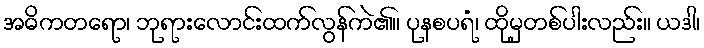
အဓိကတရော၊ ဘုရားလောင်းထက်လွန်ကဲ၏။ ပုနစပရံ၊ ထိုမှတစ်ပါးလည်း။ ယဒါ၊